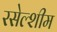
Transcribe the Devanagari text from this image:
रसेल्शीम